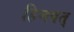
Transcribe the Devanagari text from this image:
हिमवत्‌